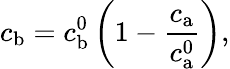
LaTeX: c_{\mathrm{b}}=c_{\mathrm{b}}^{0}\left(1-\frac{c_{\mathrm{a}}}{c_{\mathrm{a}}^{0}}\right),